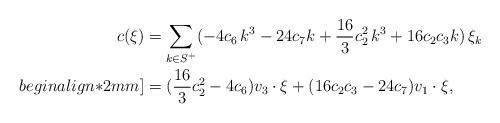
LaTeX: \begin{align*}\begin{aligned}c(\xi)&=\sum_{k\in S^+} (- 4 c_6\,k^3-24 c_7 k+\frac{16}{3} c_2^2\,k^3+16 c_2 c_3 k )\,\xi_k\\begin{align*}2mm]&=(\frac{16}{3} c_2^2-4 c_6) v_3\cdot \xi+(16 c_2 c_3-24 c_7) v_1\cdot \xi,\end{aligned}\end{align*}